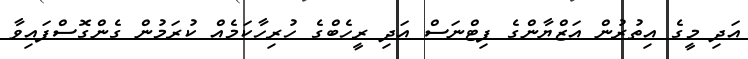
އަދި މީގެ އިތުރުން އަޒްޔާންގެ ފިޓްނަސް އަދި ރީހެބްގެ ހުރިހާކަމެއް ކުރަމުން ގެންގޮސްފައިވާ